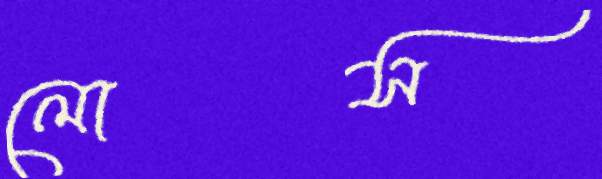
লোস